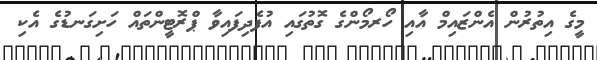
މީގެ އިތުރުން އެންޒައިމް އާއި ހޯރމޯންގެ ގޮތުގައި އުފެދިފައިވާ ޕްރޮޓީންތައް ހަށިގަނޑުގެ އެކި